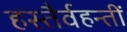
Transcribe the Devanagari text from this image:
हस्तैर्वहन्तीं